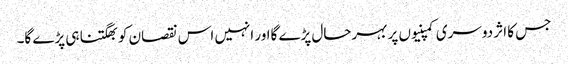
جس کا اثر دوسری کمپنیوں پر بہرحال پڑے گااور انہیں اس نقصان کو بھگتنا ہی پڑے گا۔